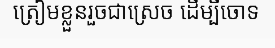
ត្រៀមខ្លួនរួចជាស្រេច ដើម្បីចោទ